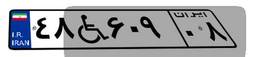
۵۰W۹۰۰۰۳